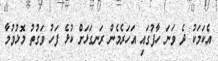
އެކަމަކު ދެ ވަނަ ހާފުގައި އަހަރެމެން ރަނގަޅަށް ކުޅެ ފަހު ވަގުތު މޮޅުވުމާ